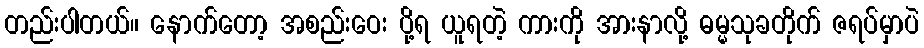
တည်းပါတယ်။ နောက်တော့ အစည်းဝေး ပို့ရ ယူရတဲ့ ကားကို အားနာလို့ ဓမ္မသုခတိုက် ဇရပ်မှာပဲ